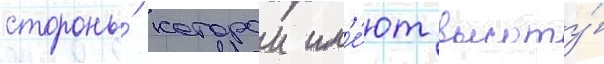
стороны́ которои им'е́ют высоту́